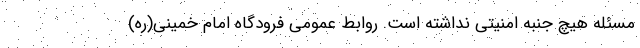
مسئله هیچ جنبه امنیتی نداشته است. روابط عمومی فرودگاه امام خمینی(ره)